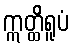
ဣတ္ထိရူပံ